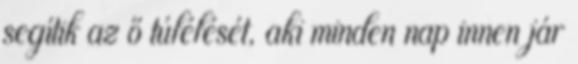
segítik az ő túlélését, aki minden nap innen jár